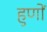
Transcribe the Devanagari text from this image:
हुणों